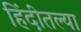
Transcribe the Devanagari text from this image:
हिंदीतल्या